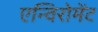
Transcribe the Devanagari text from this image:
एन्विरोमेंट